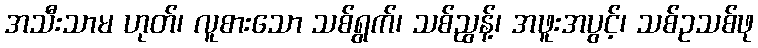
အသီးသာမ ဟုတ်၊ လူစားသော သစ်ရွက်၊ သစ်ညွန့်၊ အဖူးအပွင့်၊ သစ်ဥသစ်ဖု